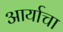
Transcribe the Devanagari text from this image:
आर्याचा